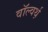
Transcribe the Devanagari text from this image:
वॉल्वर्थ़